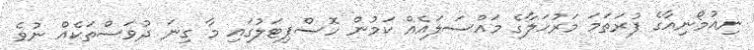
ނިއުމޯނިއާގެ ފުރަތަމަ މަރުހަލާގެ މައްސަލައެއް ކަމުން ހޮސްޕިޓަލުގައި މާ ގިނަ ދުވަސްތަކެއް ނުވެ